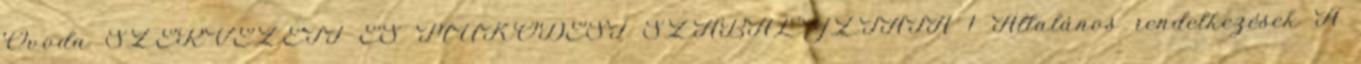
Óvoda SZERVEZETI ÉS MŰKÖDÉSI SZABÁLYZTATA 1 Általános rendelkezések A